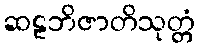
ဆဠဘိဇာတိသုတ္တံ